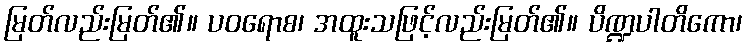
မြတ်လည်းမြတ်၏။ ပဝရောစ၊ အထူးသဖြင့်လည်းမြတ်၏။ ပိဏ္ဍပါတိကော၊